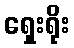
ရှေးရိုး